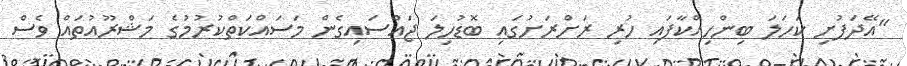
"އޭދަފުށި ކަހަލަ ބިންހިއްކާފައި ހުރި ރަށްރަށުގައި ބޮޑުހިލަ ޖައްސައިގެން މަސައްކަތްކުރުމުގެ މަޝްރޫއުތައް ވެސް